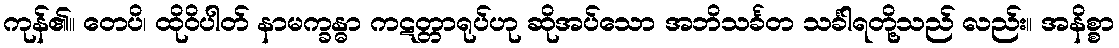
ကုန်၏။ တေပိ၊ ထိုဝိပါတ် နာမက္ခန္ဓာ ကဋတ္တာရုပ်ဟု ဆိုအပ်သော အဘိသင်္ခတ သင်္ခါရတို့သည် လည်း။ အနိစ္စာ